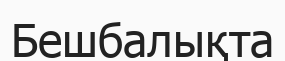
Бешбалықта